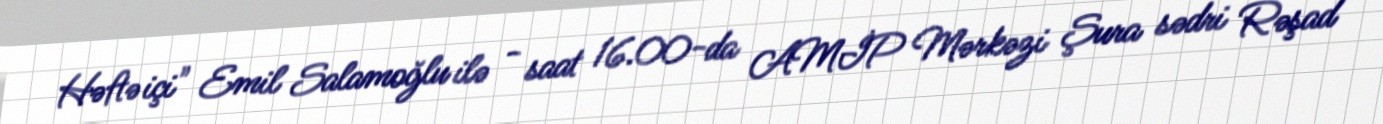
Həftə içi" Emil Salamoğlu ilə - saat 16.00-da AMİP Mərkəzi Şura sədri Rəşad